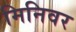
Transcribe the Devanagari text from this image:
मिनिवर